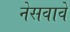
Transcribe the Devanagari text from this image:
नेसवावे